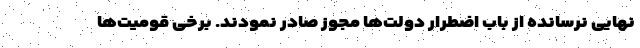
نهایی نرسانده از باب اضطرار دولت‌ها مجوز صادر نمودند. برخی قومیت‌ها